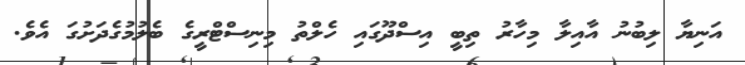
އަނިޔާ ލިބުނު އާއިލާ މިހާރު ތިބީ އިސްދޫގައި ހެލްތު މިނިސްޓްރީގެ ބެލުމުގެދަށުގަ އެވެ.